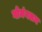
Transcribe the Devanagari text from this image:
गोमंगलम